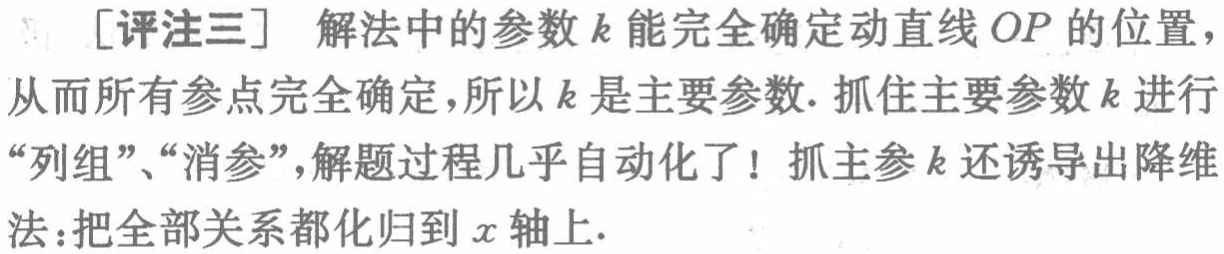
[评注三] 解法中的参数 \(k\) 能完全确定动直线 \(OP\) 的位置，从而所有参点完全确定，所以 \(k\) 是主要参数. 抓住主要参数 \(k\) 进行“列组”、“消参”，解题过程几乎自动化了！抓主参 \(k\) 还诱导出降维法：把全部关系都化归到 \(x\) 轴上.